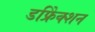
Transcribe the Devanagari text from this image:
डफ्रेिक्शन